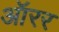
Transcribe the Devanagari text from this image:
ऑरर